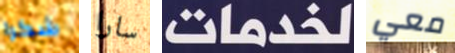
شكرا سارا لخدمات معي